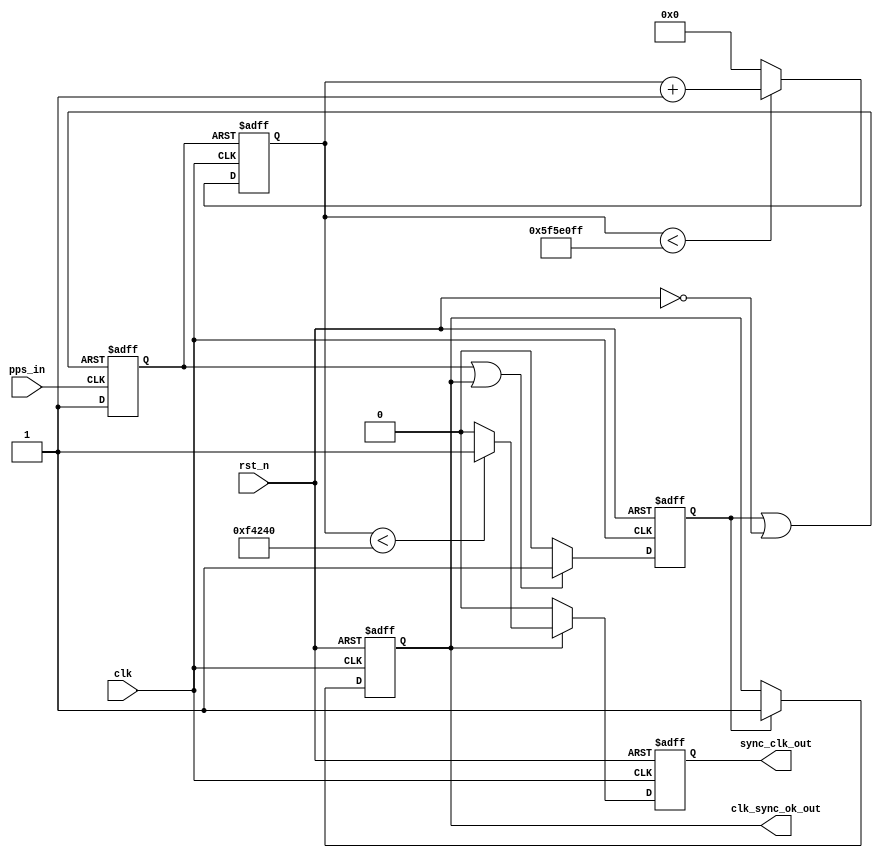
module clk_synchronizer#(
	parameter	SYSCLK_FREQ_HZ		= 64'd100_000_000,
	parameter	PPS_HIGH_LEVEL_US	= 64'd10_000,
	parameter	GENCLK_FREQ_HZ		= 1,
	parameter	FORWARD_OFFSET_CLK	= 0
)(
	input		clk,
	input		rst_n,
	input		pps_in,
	output		sync_clk_out,
	output		clk_sync_ok_out
);

function integer log2ceil;
input reg [63 : 0] val;
reg [63 : 0] i;
begin
	i = 1;
	log2ceil = 0;
	while (i < val) begin
		log2ceil = log2ceil + 1;
		i = i << 1;
	end
end
endfunction

localparam						DUTY_CNT_N	= SYSCLK_FREQ_HZ * PPS_HIGH_LEVEL_US / 64'd1_000_000;
localparam						DIVIDER_NUM	= SYSCLK_FREQ_HZ / GENCLK_FREQ_HZ;
localparam						DIVIDER_BIT	= log2ceil(DIVIDER_NUM);

reg								clk_sync_flag;
reg								rst_release;
wire							rst_pps_rst;
reg								rst_pps;
reg		[DIVIDER_BIT - 1 : 0]	clk_divider;
wire							clk_gen_forward;
reg								clk_generated;

always @ (posedge pps_in or posedge rst_pps_rst)
begin
	if (rst_pps_rst) begin
		rst_pps <= 0;
	end
	else begin
		rst_pps <= 1;
	end
end

always @ (posedge clk or negedge rst_n)
begin
	if (!rst_n) begin
		rst_release <= 0;
	end
	else if ((rst_pps == 1) || (clk_sync_flag == 1)) begin
		rst_release <= 1;
	end
	else begin
		rst_release <= 0;
	end
end

always @ (posedge clk or negedge rst_n)
begin
	if (!rst_n) begin
		clk_sync_flag <= 0;
	end
	else if (rst_release == 1) begin
		clk_sync_flag <= 1;
	end
	else begin
		clk_sync_flag <= clk_sync_flag;
	end
end

always @ (posedge clk or posedge rst_pps)
begin
	if (rst_pps) begin
		clk_divider <= FORWARD_OFFSET_CLK + 2;
	end
	else if (clk_divider < DIVIDER_NUM - 1) begin
		clk_divider <= clk_divider + 1'b1;
	end
	else begin
		clk_divider <= 0;
	end
end

always @ (posedge clk or negedge rst_n)
begin
	if (!rst_n) begin
		clk_generated <= 0;
	end
	else if (clk_sync_flag) begin
		clk_generated <= clk_gen_forward;
	end
	else begin
		clk_generated <= 0;
	end
end

assign rst_pps_rst = rst_release | (~rst_n);
assign clk_gen_forward = (clk_divider < DUTY_CNT_N) ? 1'b1: 1'b0;
assign clk_sync_ok_out = clk_sync_flag;
assign sync_clk_out = clk_generated;

endmodule